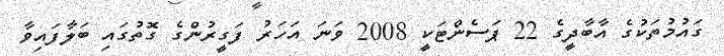
ގައުމުތަކުގެ އާބާދީގެ 22 ޕަސެންޓަކީ 2008 ވަނަ އަހަރު ފަގީރުންގެ ގޮތުގައި ބަލާފައިވާ